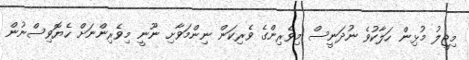
މިޖީލު މުޅިން ހަލާކުވެ ނުދަނީސް މިވެރިންގެ ވެރިކަން ނިންމަވާށި ނޫނީ މިވެރިންނަށް ހެޔޮވިސްނުން